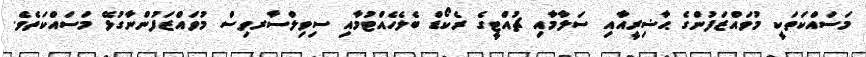
މަސައްކަތަކީ މުވައްޒަފުންގެ ޙާޟިރީއާއި ސަލާމާއި ޗުއްޓީގެ ރެކޯޑް ބެލެހެއްޓުމާއި ސިވިލްސާރވިސް މުވައްޒަފުންނާގުޅޭ މަސައްކަތެވެ.